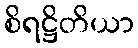
စိရဋ္ဌိတိယာ